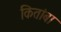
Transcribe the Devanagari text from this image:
कितांबा